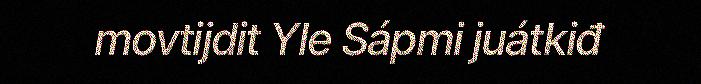
movtijdit Yle Sápmi juátkiđ